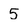
Character: 5